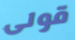
قولى